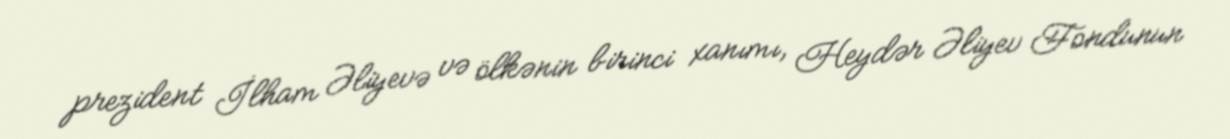
prezident İlham Əliyevə və ölkənin birinci xanımı, Heydər Əliyev Fondunun